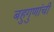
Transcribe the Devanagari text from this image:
बहुगुणांची